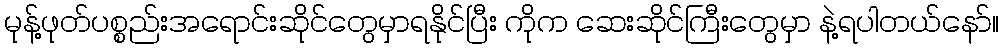
မုန့်ဖုတ်ပစ္စည်းအရောင်းဆိုင်တွေမှာရနိုင်ပြီး ကိုက ဆေးဆိုင်ကြီးတွေမှာ နဲ့ရပါတယ်နော်။